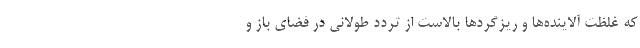
که غلظت آلاینده‌ها و ریزگردها بالاست از تردد طولانی در فضای باز و